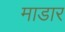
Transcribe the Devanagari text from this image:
माडार